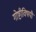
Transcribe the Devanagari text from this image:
गोष्टीविषयीं